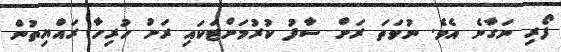
ފޯރި ނަގާނެ އެވެ. ނުވަތަ ރަށް ސާފު ކުރުމަށްޓަކައި ރަށު ހުރިހާ ރައްޔިތުން